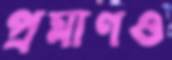
প্রমাণও